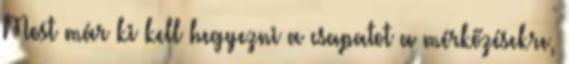
Most már ki kell hegyezni a csapatot a mérkőzésekre,